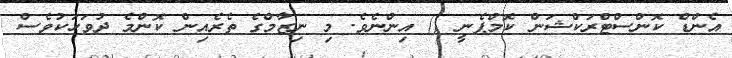
އެންޑް ކޮންސްޓްރަކްޝަން ކޮމްޕެނީ () އިންނެވެ. މި ނިޒާމްގެ ތެރެއިން ކޮންމެ ދުވަހަކުވެސް